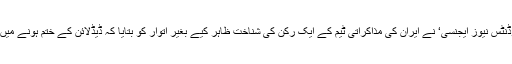
اس سے قبل، ایران کی ’اسٹوڈنٹس نیوز ایجنسی‘ نے ایران کی مذاکراتی ٹیم کے ایک رکن کی شناخت ظاہر کیے بغیر اتوار کو بتایا کہ ڈیڈلائن کے ختم ہونے میں اب بہت کم وقت رہ گیا ہے۔